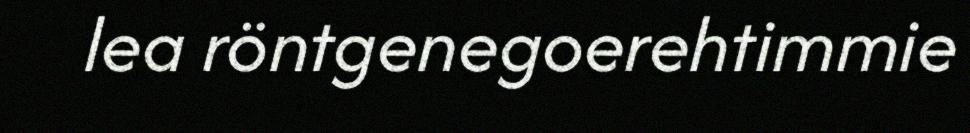
lea röntgenegoerehtimmie